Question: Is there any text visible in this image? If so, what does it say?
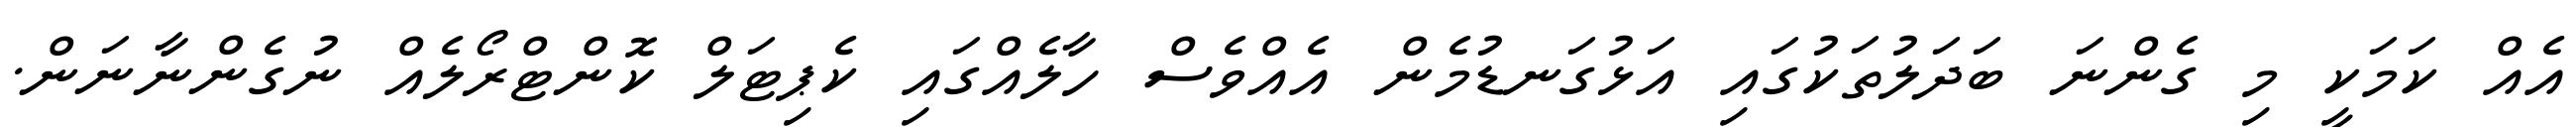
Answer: އެއް ކަމަކީ މި ގެންނަ ބަދަލުތަކުގައި އަޅުގަނޑުމެން އެއްވެސް ހާލެއްގައި ކެޕިޓަލް ކޮންޓްރޯލެއް ނުގެންނާނަން.